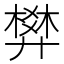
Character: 𰐌